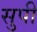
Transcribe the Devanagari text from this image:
सुपी